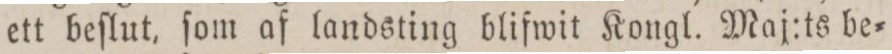
ett beſlut, ſom af landsting blifwit Kongl. Maj:ts be=